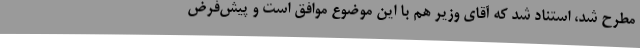
مطرح شد، استناد شد که آقای وزیر هم با این موضوع موافق است و پیش‌فرض